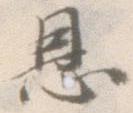
恩